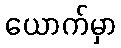
ယောက်မှာ